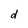
Character: d